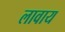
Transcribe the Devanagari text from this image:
लावाय